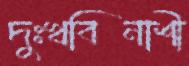
দুঃখবিনাশী